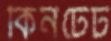
কিনটেট